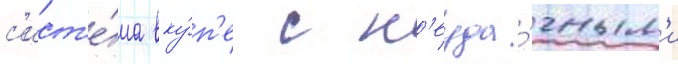
с'ист'е́ма вку́п'е с н'еуда́чным'и